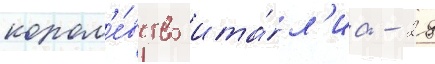
корол'е́вство ита́л'иа - 29